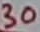
Text: 30